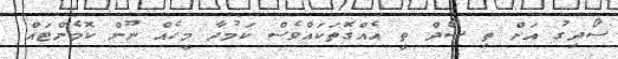
ސޯދިގު އަށް ތި ސޯދް ތީ އެއްގޮތަކައްވެސް ކަމުދާ މީހެއް ނޫން ކޮމެންޓައް